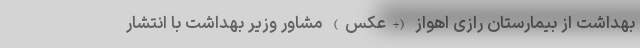
بهداشت از بیمارستان رازی اهواز (+عکس) مشاور وزیر بهداشت با انتشار